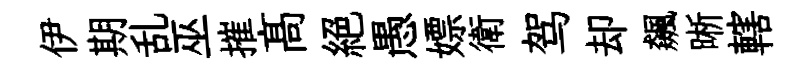
伊期乱巫摧髙絶愚嫖衛驾却飆晰轄